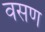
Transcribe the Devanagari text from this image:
वसण